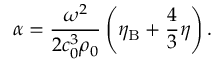
\alpha = \frac { \omega ^ { 2 } } { 2 c _ { 0 } ^ { 3 } \rho _ { 0 } } \left( \eta _ { \mathrm { B } } + \frac { 4 } { 3 } \eta \right) .